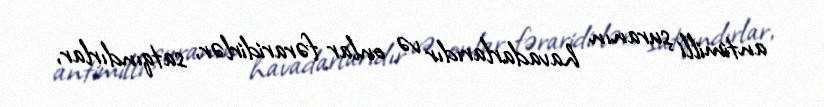
antimilli şuranın havadarlarıdır və onlar fəraridirlər, satqındırlar,